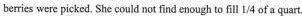
berries were picked, She could not find enough to fill 1/4 of a quart.